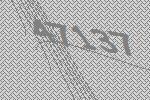
47137